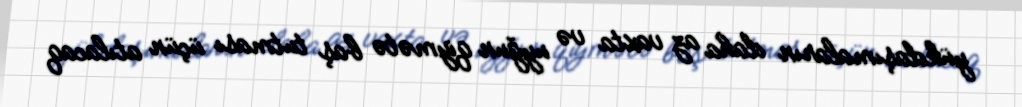
yükdaşımaların daha az vaxta və uyğun qiymətə baş tutması üçün atılacaq